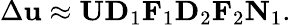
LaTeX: \Delta\mathbf{u}\approx\mathbf{U}\mathbf{D}_{1}\mathbf{F}_{1}\mathbf{D}_{2}\mathbf{F}_{2}\mathbf{N}_{1}.